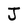
Character: J